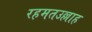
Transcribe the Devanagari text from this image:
रहमतउल्लाह